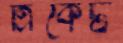
ত্রিকেট